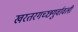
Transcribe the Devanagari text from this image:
खरतरगच्छगुर्वावली